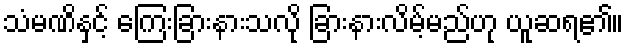
သံမဏိနှင့် ကြေးခြားနားသလို ခြားနားလိမ့်မည်ဟု ယူဆရ၏။